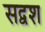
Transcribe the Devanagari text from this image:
सद्वश